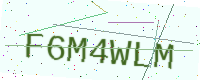
Text: F6M4WLM